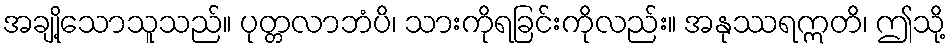
အချို့သောသူသည်။ ပုတ္တလာဘံပိ၊ သားကိုရခြင်းကိုလည်း။ အနုဿရဣတိ၊ ဤသို့